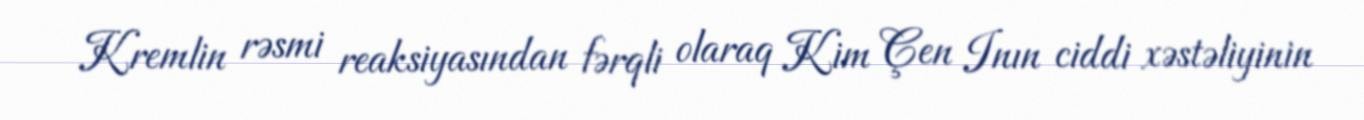
Kremlin rəsmi reaksiyasından fərqli olaraq Kim Çen Inın ciddi xəstəliyinin